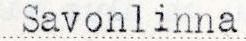
Savonlinna